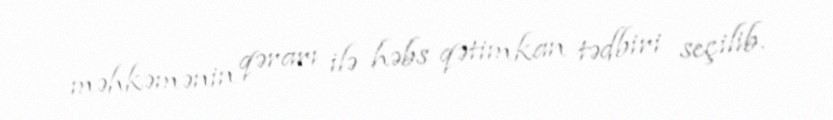
məhkəmənin qərarı ilə həbs qətimkan tədbiri seçilib.